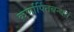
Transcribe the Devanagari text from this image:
कर्णार्पितबन्धनं